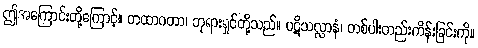
ဤအကြောင်းတို့ကြောင့်။ တထာဂတာ၊ ဘုရားရှင်တို့သည်။ ပဋိသလ္လာနံ၊ တစ်ပါးတည်းကိန်းခြင်းကို။